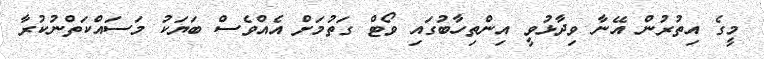
މީގެ އިތުރުން އޭނާ ވިދާޅުވީ އިންތިހާބުގައި ވޯޓް ގަތުމަށް އެއްވެސް ބަޔަކު މަސައްކަތްނުކުރާ